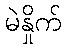
မဲနှိုက်